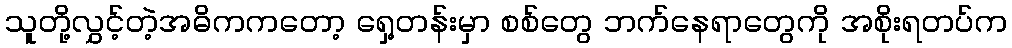
သူတို့လွှင့်တဲ့အဓိကကတော့ ရှေ့တန်းမှာ စစ်တွေ ဘက်နေရာတွေကို အစိုးရတပ်က